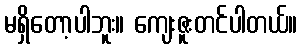
မရှိတော့ပါဘူး။ ကျေးဇူးတင်ပါတယ်။